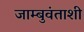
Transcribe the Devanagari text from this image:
जाम्बुवंताशी